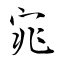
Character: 宨